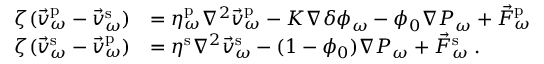
\begin{array} { r l } { \zeta ( \vec { v } _ { \omega } ^ { \mathrm { p } } - \vec { v } _ { \omega } ^ { \mathrm { s } } ) } & { = \eta _ { \omega } ^ { \mathrm { p } } \nabla ^ { 2 } \vec { v } _ { \omega } ^ { \mathrm { p } } - K \nabla \delta \phi _ { \omega } - \phi _ { 0 } \nabla P _ { \omega } + \vec { F } _ { \omega } ^ { \mathrm { p } } } \\ { \zeta ( \vec { v } _ { \omega } ^ { \mathrm { s } } - \vec { v } _ { \omega } ^ { \mathrm { p } } ) } & { = \eta ^ { \mathrm { s } } \nabla ^ { 2 } \vec { v } _ { \omega } ^ { \mathrm { s } } - ( 1 - \phi _ { 0 } ) \nabla P _ { \omega } + \vec { F } _ { \omega } ^ { \mathrm { s } } \; . } \end{array}